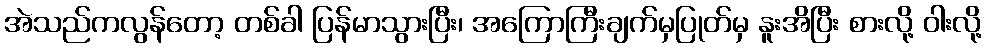
အဲသည်ကလွန်တော့ တစ်ခါ ပြန်မာသွားပြီး၊ အကြောကြီးချက်မှပြုတ်မှ နူးအိပြီး စားလို့ ဝါးလို့